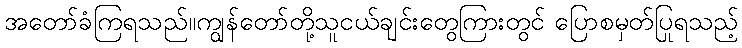
အတော်ခံကြရသည်။ကျွန်တော်တို့သူငယ်ချင်းတွေကြားတွင် ပြောစမှတ်ပြုရသည့်